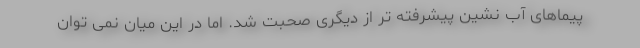
پیماهای آب نشین پیشرفته تر از دیگری صحبت شد. اما در این میان نمی توان